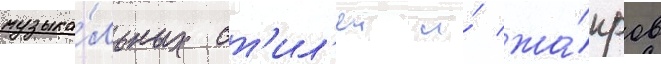
музыка́льных ст'ил'еи и́ жа́нров